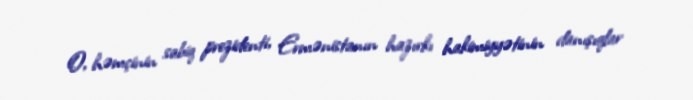
O, həmçinin sabiq prezidenti, Ermənistanın hazırkı hakimiyyətinin danışıqlar